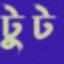
টুট